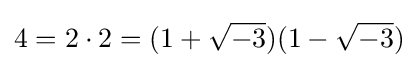
4=2\cdot 2=(1+{\sqrt {-3}})(1-{\sqrt {-3}})